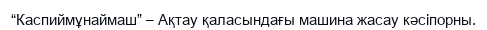
“Каспиймұнаймаш” – Ақтау қаласындағы машина жасау кәсіпорны.